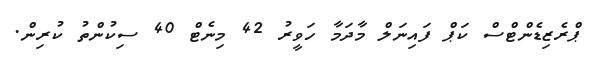
ޕްރެޒިޑެންޓްސް ކަޕް ފައިނަލް މާދަމާ ހަވީރު 42 މިނެޓް 40 ސިކުންތު ކުރިން.